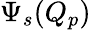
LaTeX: \Psi_{s}(Q_{p})